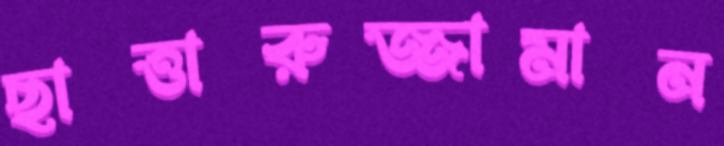
ছাত্তারুজ্জামান